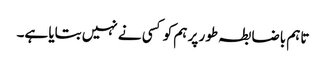
تاہم باضابطہ طور پر ہم کو کسی نے نہیں بتایا ہے۔